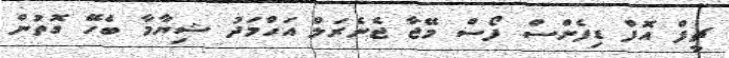
ޗީފް އޮފް ޑިފެންސް ފޯސް މޭޖާ ޖެނެރަލް އަހްމަދު ޝިޔާމާ ބެހޭ ގޮތުން